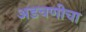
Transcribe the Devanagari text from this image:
अडचणीचा